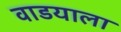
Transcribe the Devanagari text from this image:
वाडयाला